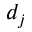
d _ { j }